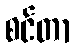
စင်တာ